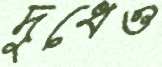
দুধেও